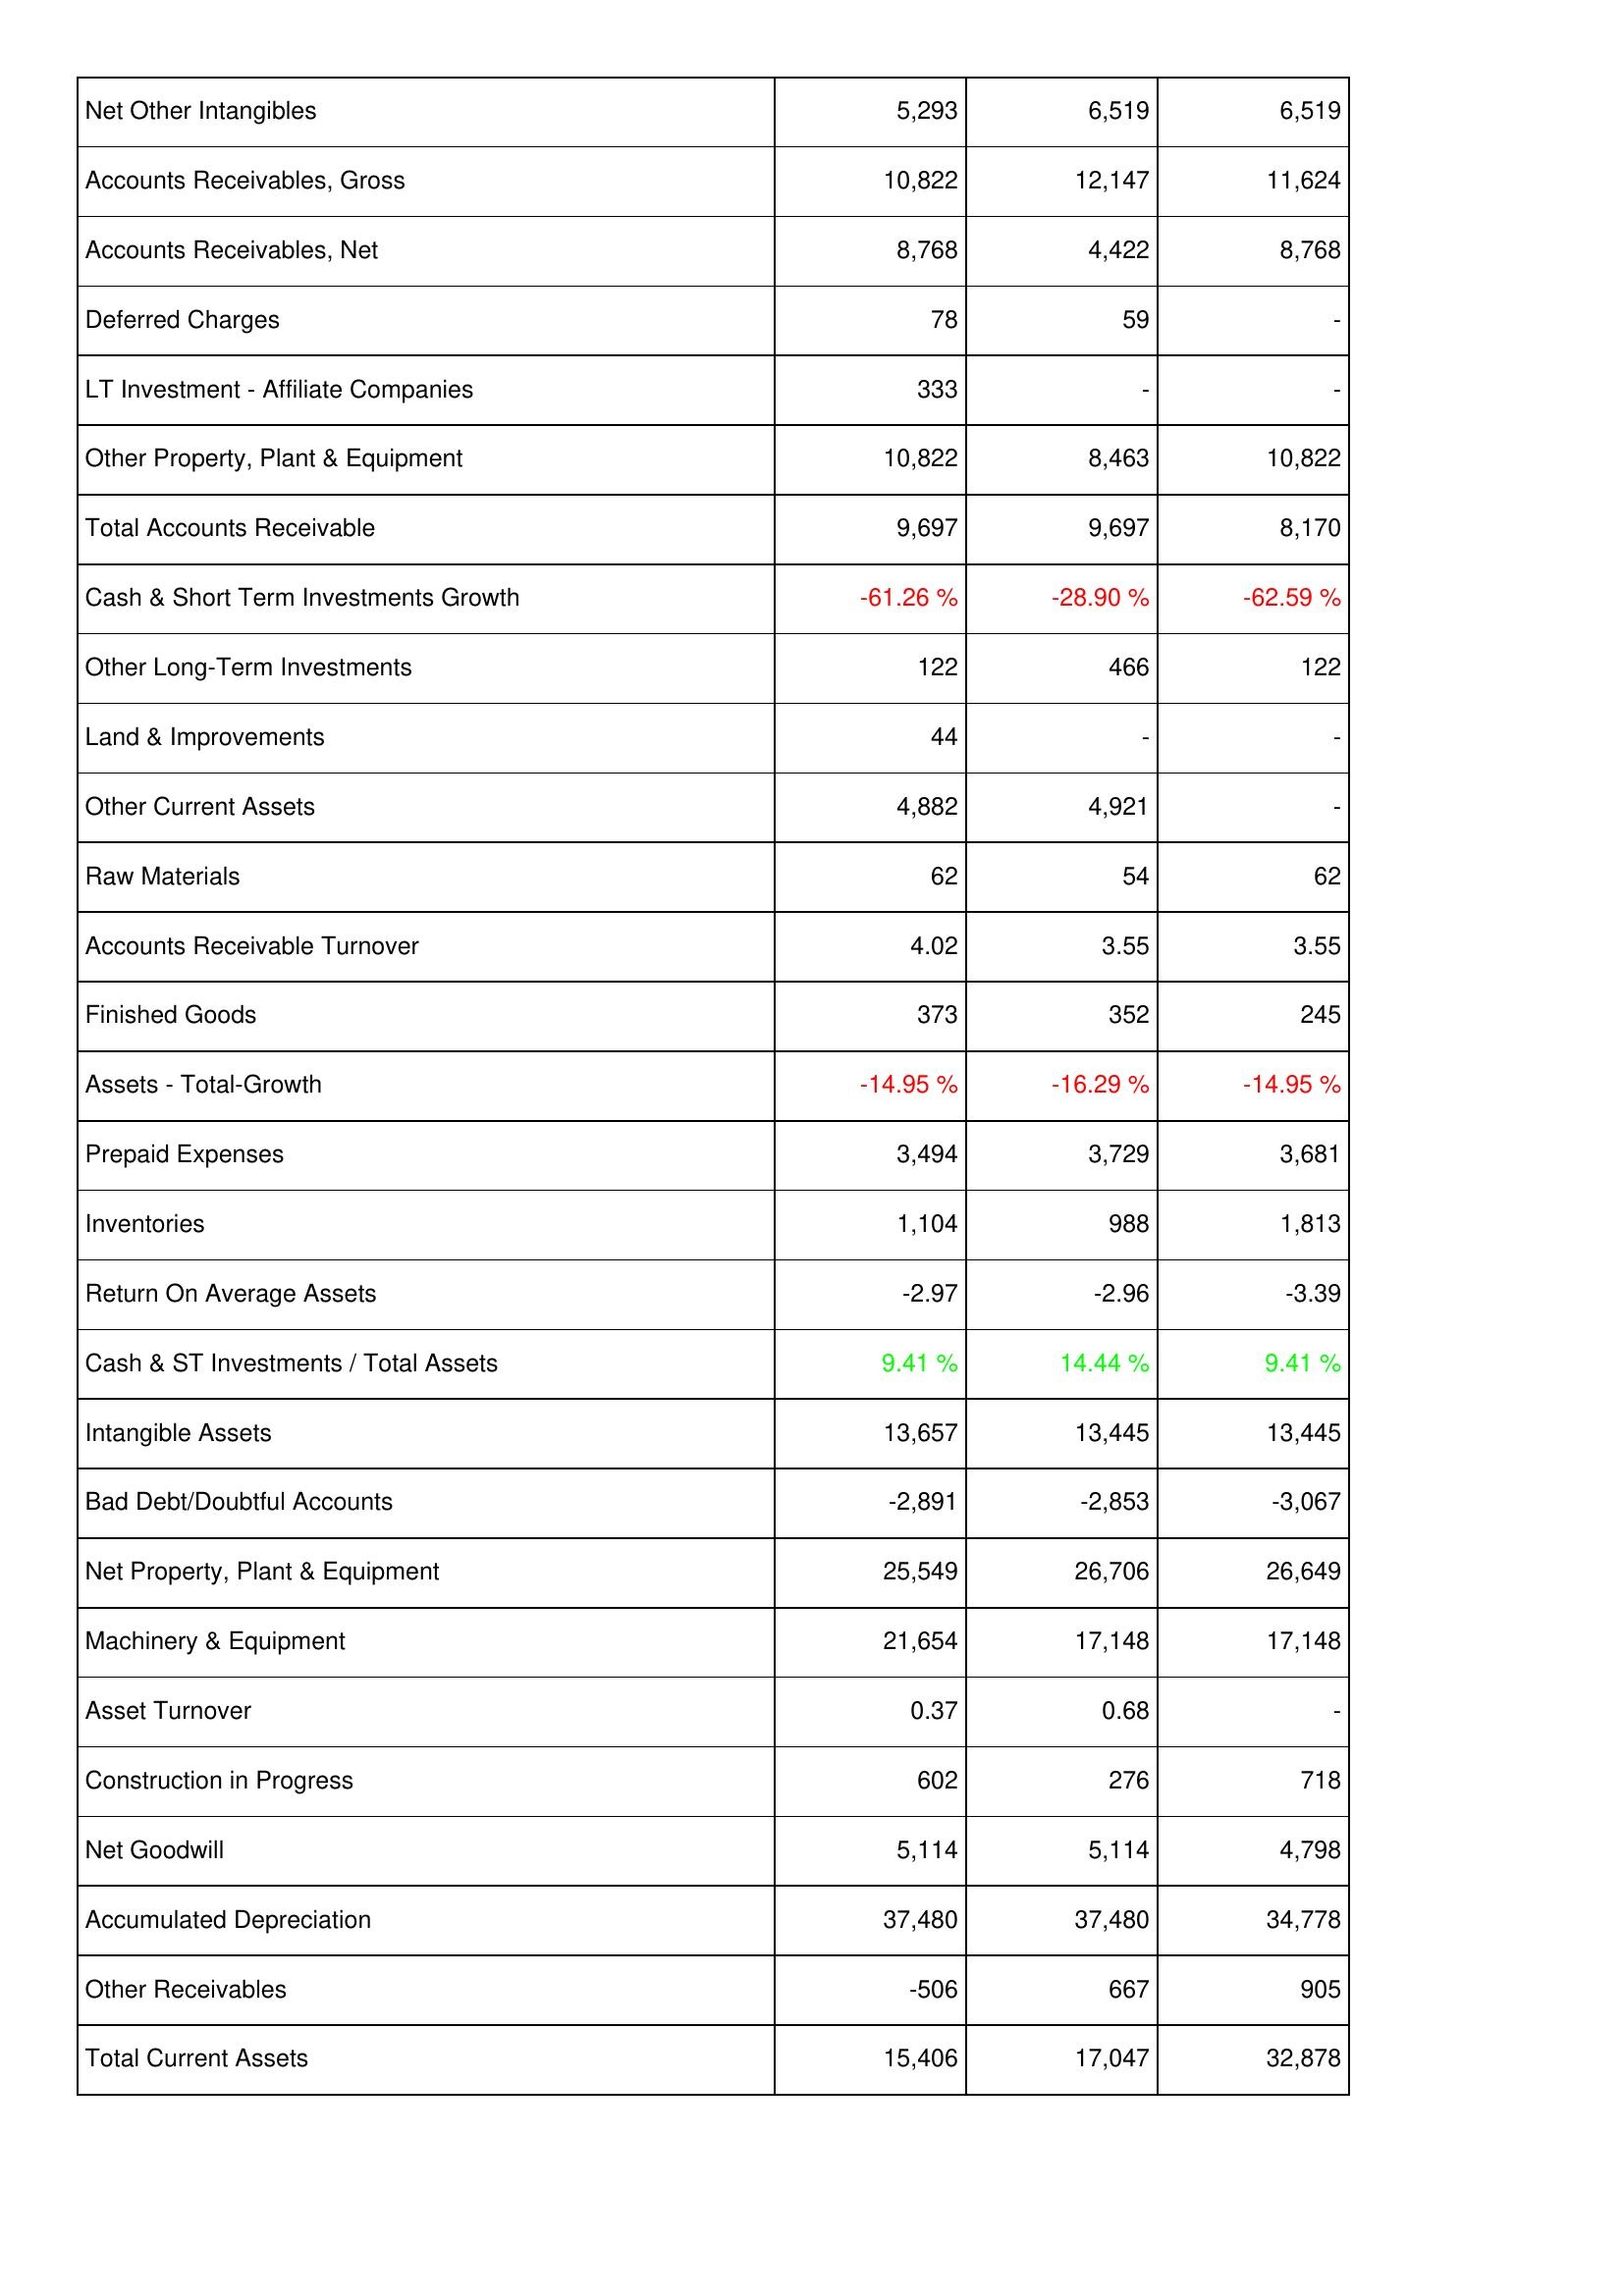
2012: Assets: Net Other Intangibles: 5,293
Accounts Receivables, Gross: 10,822
Accounts Receivables, Net: 8,768
Deferred Charges: 78
LT Investment - Affiliate Companies: 333
Other Property, Plant & Equipment: 10,822
Total Accounts Receivable: 9,697
Cash & Short Term Investments Growth: -61.26 %
Other Long-Term Investments: 122
Land & Improvements: 44
Other Current Assets: 4,882
Raw Materials: 62
Accounts Receivable Turnover: 4.02
Finished Goods: 373
Assets - Total-Growth: -14.95 %
Prepaid Expenses: 3,494
Inventories: 1,104
Return On Average Assets: -2.97
Cash & ST Investments / Total Assets: 9.41 %
Intangible Assets: 13,657
Bad Debt/Doubtful Accounts: -2,891
Net Property, Plant & Equipment: 25,549
Machinery & Equipment: 21,654
Asset Turnover: 0.37
Construction in Progress: 602
Net Goodwill: 5,114
Accumulated Depreciation: 37,480
Other Receivables: -506
Total Current Assets: 15,406
2011: Assets: Net Other Intangibles: 6,519
Accounts Receivables, Gross: 12,147
Accounts Receivables, Net: 4,422
Deferred Charges: 59
LT Investment - Affiliate Companies: -
Other Property, Plant & Equipment: 8,463
Total Accounts Receivable: 9,697
Cash & Short Term Investments Growth: -28.90 %
Other Long-Term Investments: 466
Land & Improvements: -
Other Current Assets: 4,921
Raw Materials: 54
Accounts Receivable Turnover: 3.55
Finished Goods: 352
Assets - Total-Growth: -16.29 %
Prepaid Expenses: 3,729
Inventories: 988
Return On Average Assets: -2.96
Cash & ST Investments / Total Assets: 14.44 %
Intangible Assets: 13,445
Bad Debt/Doubtful Accounts: -2,853
Net Property, Plant & Equipment: 26,706
Machinery & Equipment: 17,148
Asset Turnover: 0.68
Construction in Progress: 276
Net Goodwill: 5,114
Accumulated Depreciation: 37,480
Other Receivables: 667
Total Current Assets: 17,047
2010: Assets: Net Other Intangibles: 6,519
Accounts Receivables, Gross: 11,624
Accounts Receivables, Net: 8,768
Deferred Charges: -
LT Investment - Affiliate Companies: -
Other Property, Plant & Equipment: 10,822
Total Accounts Receivable: 8,170
Cash & Short Term Investments Growth: -62.59 %
Other Long-Term Investments: 122
Land & Improvements: -
Other Current Assets: -
Raw Materials: 62
Accounts Receivable Turnover: 3.55
Finished Goods: 245
Assets - Total-Growth: -14.95 %
Prepaid Expenses: 3,681
Inventories: 1,813
Return On Average Assets: -3.39
Cash & ST Investments / Total Assets: 9.41 %
Intangible Assets: 13,445
Bad Debt/Doubtful Accounts: -3,067
Net Property, Plant & Equipment: 26,649
Machinery & Equipment: 17,148
Asset Turnover: -
Construction in Progress: 718
Net Goodwill: 4,798
Accumulated Depreciation: 34,778
Other Receivables: 905
Total Current Assets: 32,878